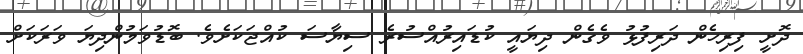
ދޮށީ ފިރިހެން ދަރިފުޅު ވެގެން ދިޔައީ ކުޑައިރުއްސުރެ ސިޔާސަ ކުއްޖަކަށެވެ. ބޮޑުވަމުންދިޔަ ވަރަކަށް